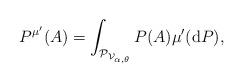
LaTeX: \begin{align*}P^{\mu'}(A)=\int_{\mathcal{P}_{\mathcal{V}_{\alpha,\theta}}} P(A)\mu'(\mathrm{d}P),\end{align*}